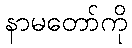
နာမတော်ကို